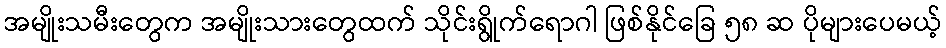
အမျိုးသမီးတွေက အမျိုးသားတွေထက် သိုင်းရွိုက်ရောဂါ ဖြစ်နိုင်ခြေ ၅၈ ဆ ပိုများပေမယ့်